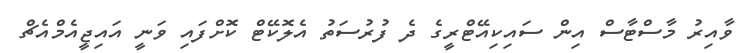
ވާއިރު މާސްޓާސް އިން ސައިކިއޭޓްރީގެ ދެ ފުރުސަތު އެލޮކޭޭޓް ކޮށްފައި ވަނީ އައިޖީއެމްއެޗް